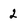
Character: 2